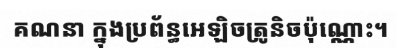
គណនា ក្នុងប្រព័ន្ធអេឡិចត្រូនិចប៉ុណ្ណោះ។